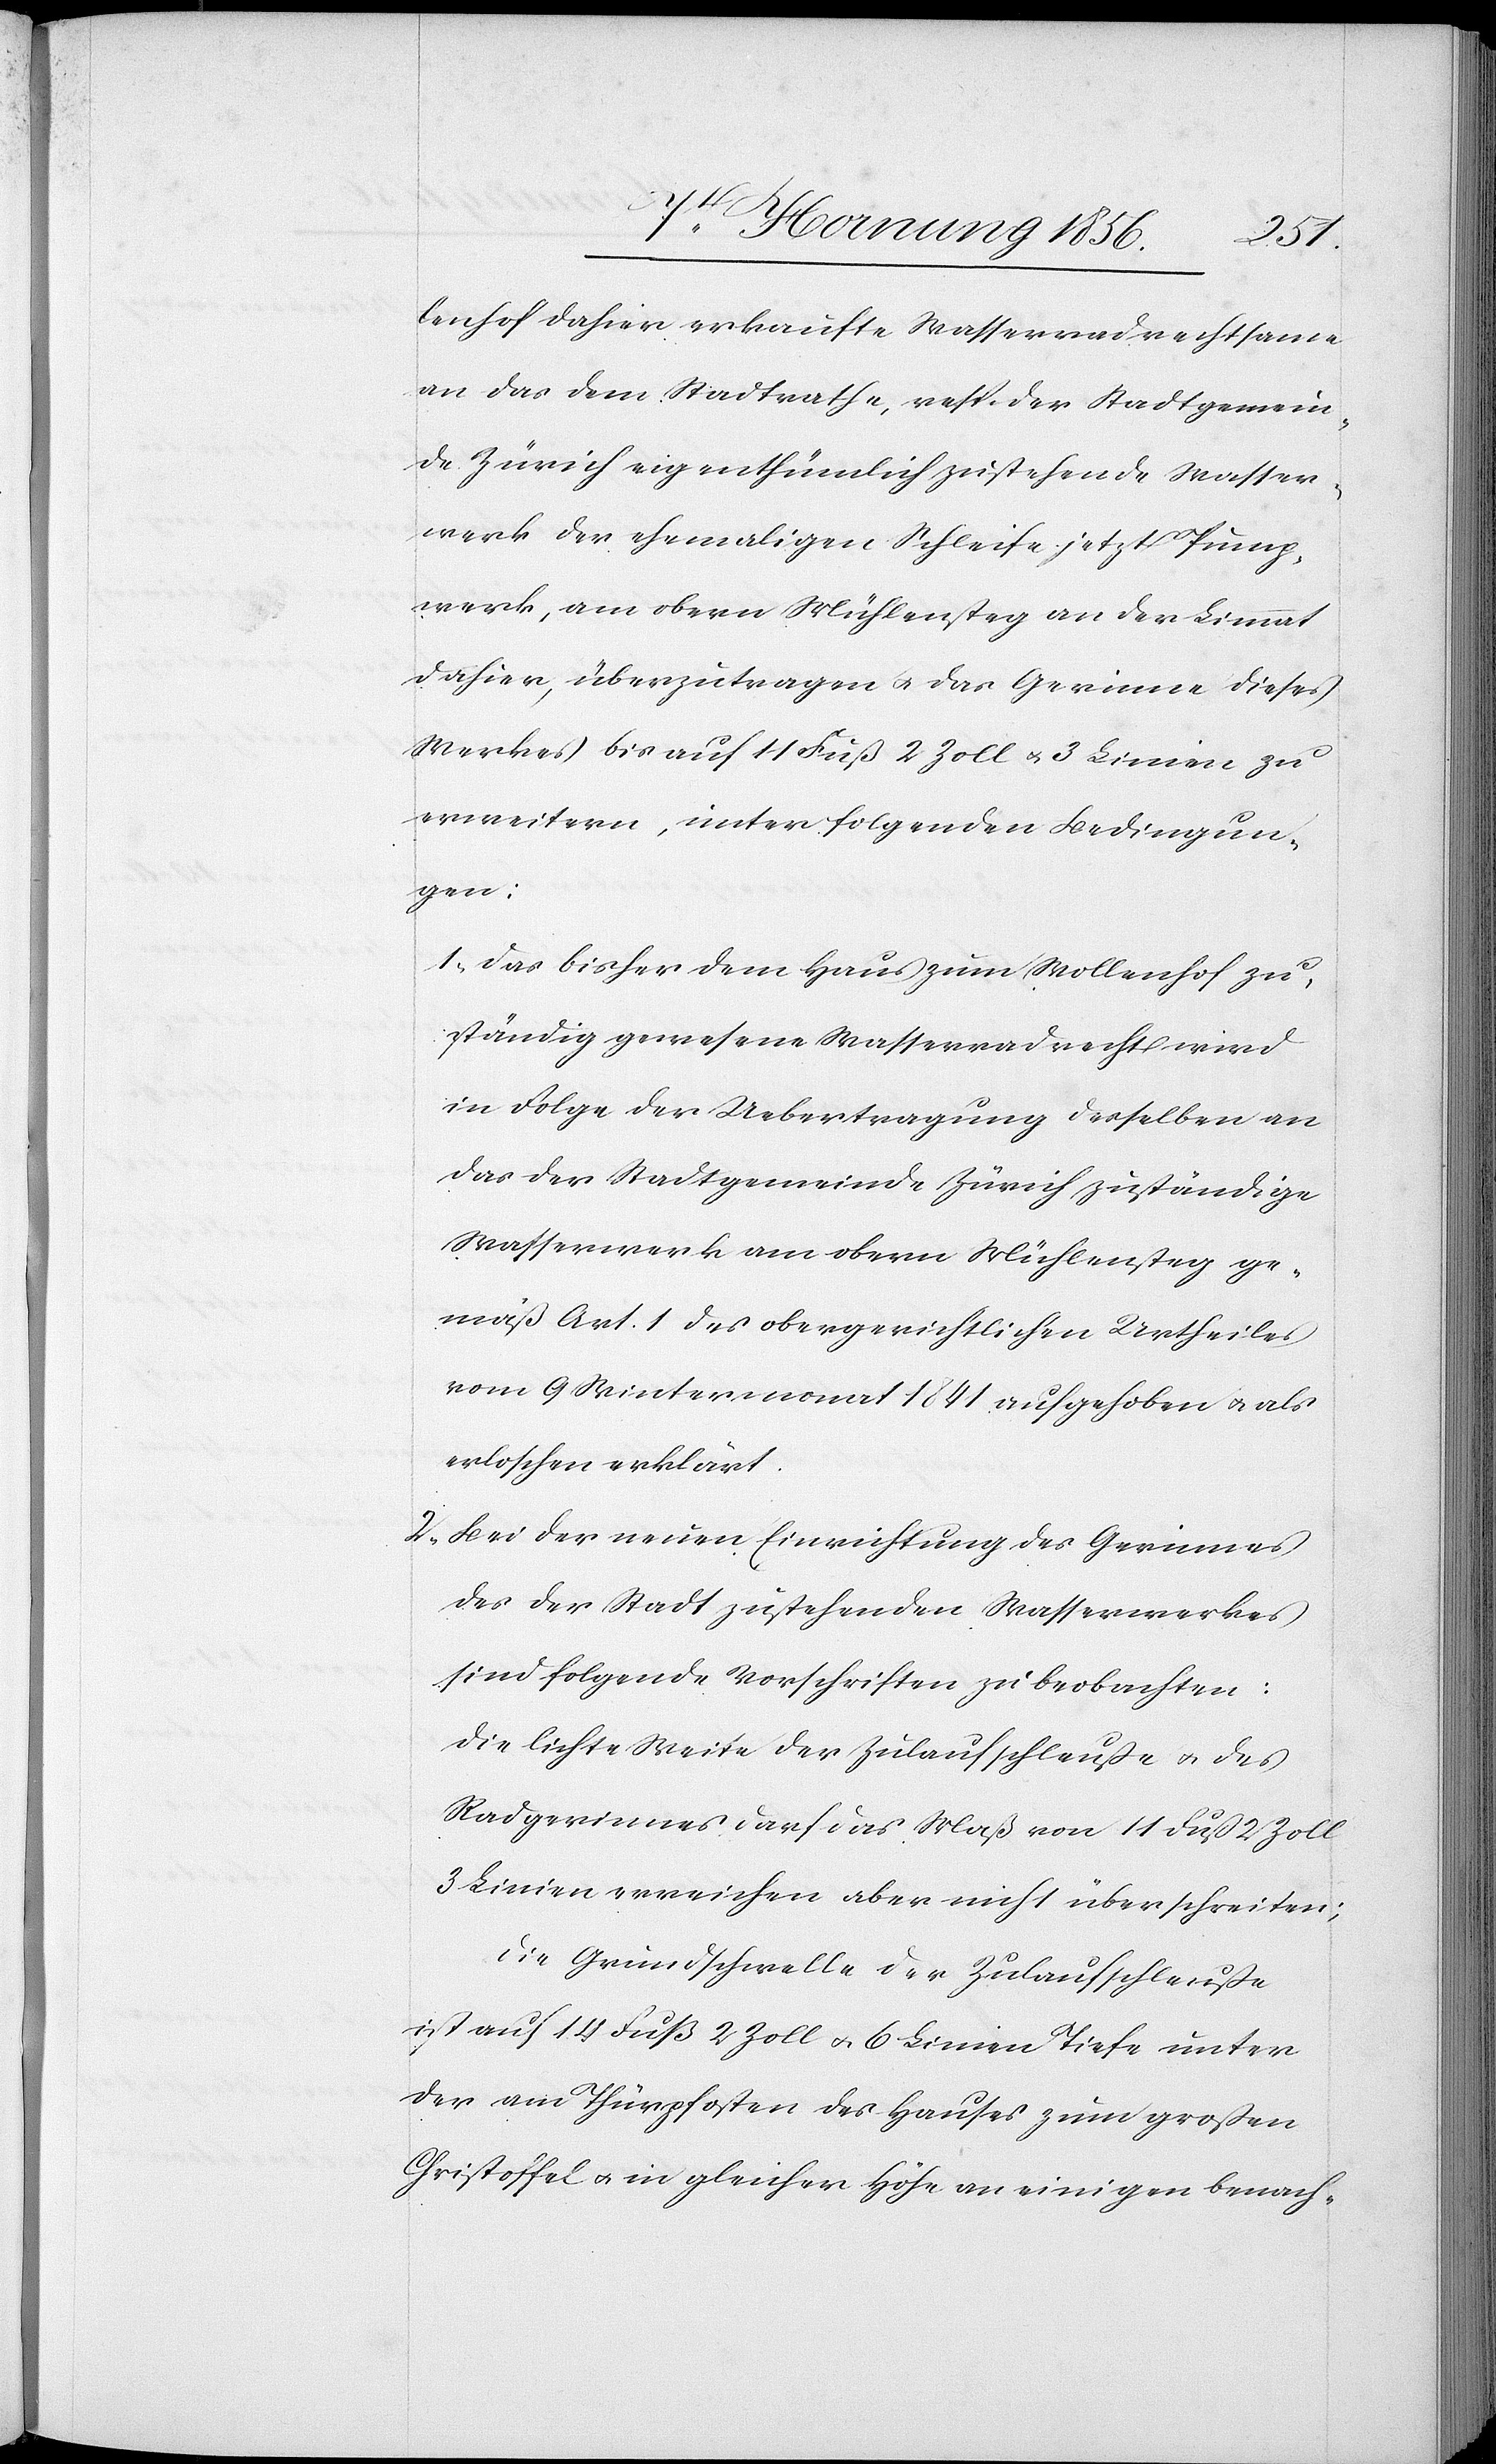
lenhof dahier erkaufte Wasserradrechtsame
an das dem Stadtrathe, resp. der Stadtgemein¬
de Zürich eigenthümlich zustehende Wasser¬
werk der ehemaligen Schleife, jetzt Pump¬
werk, am obern Mühlensteg an der Limmat
dahier, überzutragen u. das Gerinne dieses
Werkes bis auf 11 Fuß 2 Zoll u. 3 Linien zu
erweitern, unter folgenden Bedingun¬
gen:
1., Das bisher dem Haus zum Wollenhof zu¬
ständig gewesene Wasserradrecht wird
in Folge der Uebertragung desselben an
das der Stadtgemeinde Zürich zuständige
Wasserwerk am obern Mühlensteg ge¬
mäß Art. 1 des obergerichtlichen Urtheiles
vom 9 Wintermonat 1841 aufgehoben u. als
erloschen erklärt.
2., Bei der neuen Einrichtung des Gerinnes
des der Stadt zustehenden Wasserwerkes
sind folgende Vorschriften zu beobachten:
Die lichte Weite der Zulaufschleuße u. des
Radgerinnes darf das Maß von 11 Fuß 2 Zoll
3 Linien erreichen aber nicht überschreiten;
Die Grundschwelle der Zulaufschleuße
ist auf 14 Fuß 2 Zoll u. 6 Linien Tiefe unter
der am Thürpfosten des Hauses zum großen
Christoffel u. in gleicher Höhe an einigen benach-